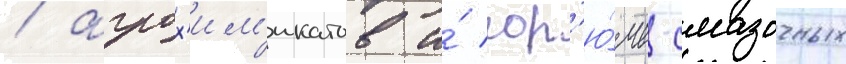
/ агрох'им'икатов и́ гор'ю́че-смазочных